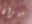
ميزان